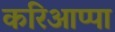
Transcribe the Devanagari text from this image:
करिआप्पा